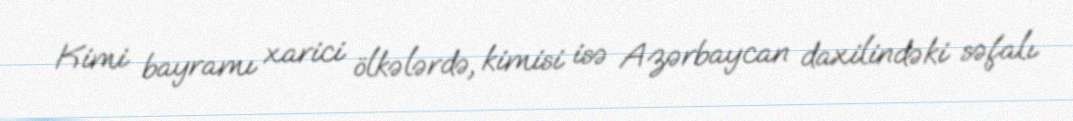
Kimi bayramı xarici ölkələrdə, kimisi isə Azərbaycan daxilindəki səfalı